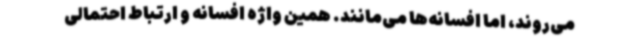
می‌روند، اما افسانه‌ها می‌مانند. همین واژه افسانه‌ و ارتباط احتمالی